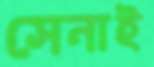
সেনাই